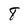
Character: 8